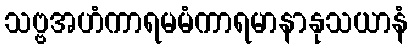
သဗ္ဗအဟံကာရမမံကာရမာနာနုသယာနံ